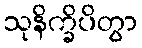
သုနိက္ခိပိတွာ